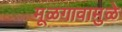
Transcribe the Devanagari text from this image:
मूळगावामुळे